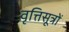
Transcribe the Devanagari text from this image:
वृत्तिसूत्रों